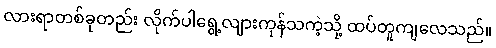
လားရာတစ်ခုတည်း လိုက်ပါရွေ့လျားကုန်သကဲ့သို့ ထပ်တူကျလေသည်။